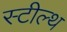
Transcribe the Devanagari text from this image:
स्‍टील्‍थ